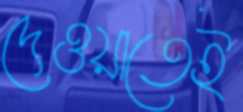
দেওয়াতেই